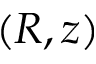
\left( R , z \right)